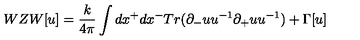
W Z W [ u ] = \frac { k } { 4 \pi } \int d x ^ { + } d x ^ { - } T r ( \partial _ { - } u u ^ { - 1 } \partial _ { + } u u ^ { - 1 } ) + \Gamma [ u ]